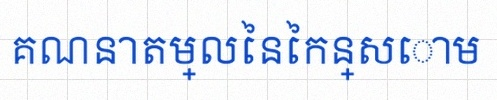
គណនាតម្លៃនៃកន្សោម